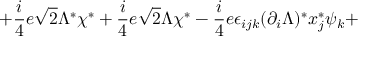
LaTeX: + \frac { i } { 4 } e \sqrt { 2 } \Lambda ^ { \ast } \chi ^ { \ast } + \frac { i } { 4 } e \sqrt { 2 } \Lambda \chi ^ { \ast } - \frac { i } { 4 } e \epsilon _ { i j k } ( \partial _ { i } \Lambda ) ^ { \ast } x _ { j } ^ { \ast } \psi _ { k } +